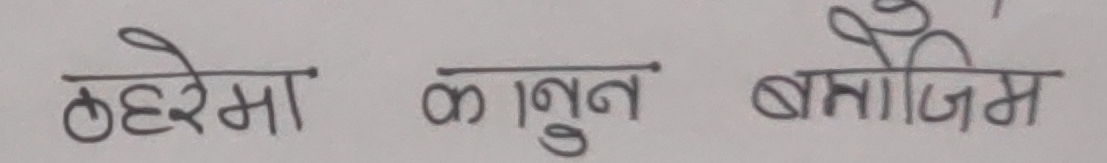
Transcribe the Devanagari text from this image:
ठहरेमा कानुन बमोजिम